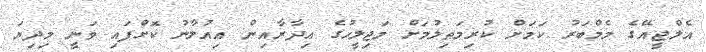
އެލްޖީއޭގެ މެމްބަރު ކަމަށް ކުރިމަތިލުމަށް މަޖިލީހުގެ އިދާރާއިން އިއުލާނު ކޮށްފައި ވަނީ މިދިޔަ